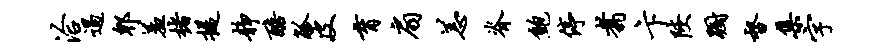
洽遏郫羞楮提静醅觚皮育扇恙脊鲍停翥卞陕蹰督集字